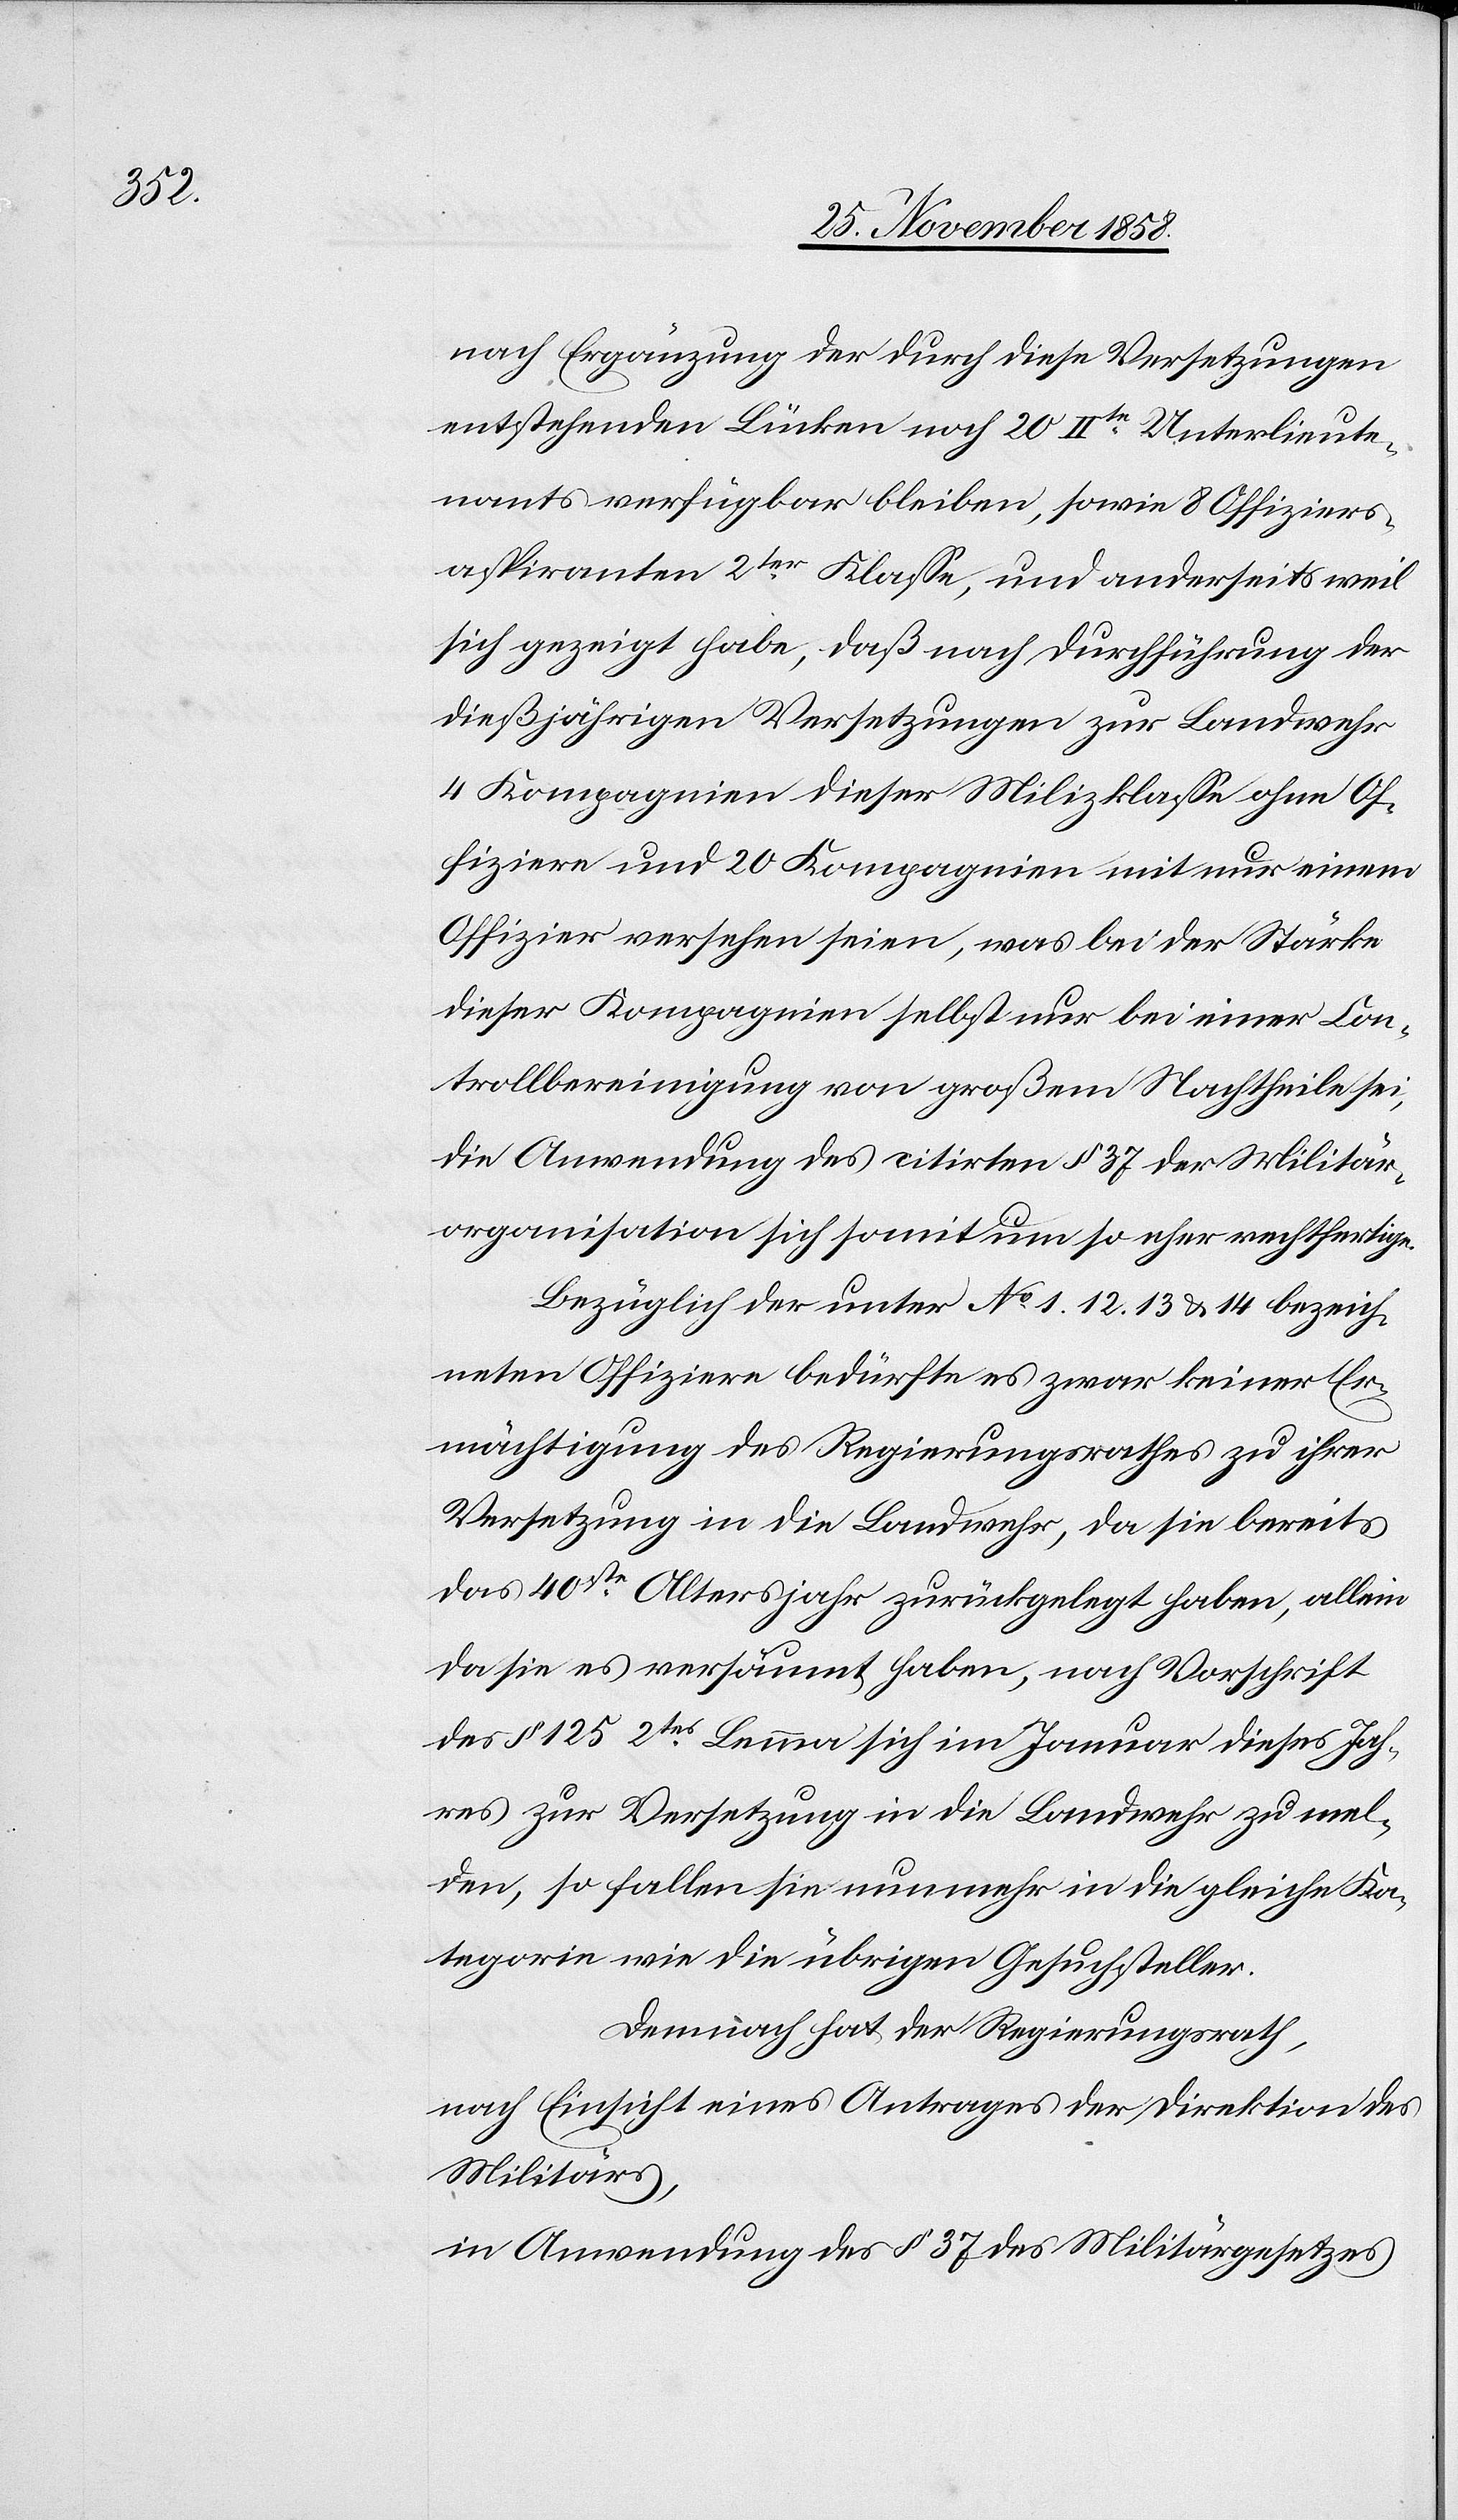
nach Ergänzung der durch diese Versetzungen
entstehenden Lücken noch 20 IIte Unterlieute¬
nants verfügbar bleiben, sowie 8 Offiziers¬
aspiranten 2ter Klasse, und anderseits weil
sich gezeigt habe, daß nach Durchführung der
dießjährigen Versetzungen zur Landwehr
4 Kompagnien dieser Milizklasse ohne Of¬
fiziere und 20 Kompagnien mit nur einem
Offizier versehen seien, was bei der Stärke
dieser Kompagnien selbst nur bei einer Con¬
trollbereinigung von großem Nachtheile sei,
die Anwendung des citirten § 37 der Militär¬
organisation sich somit um so eher rechtfertige.
Bezüglich der unter No 1. 12. 13 & 14 bezeich¬
neten Offiziere bedürfte es zwar keiner Er¬
mächtigung des Regierungsrathes zu ihrer
Versetzung in die Landwehr, da sie bereits
das 40ste Altersjahr zurückgelegt haben, allein
da sie es versäumt haben, nach Vorschrift
des § 125 2tes Lemma sich im Januar dieses Jah¬
res zur Versetzung in die Landwehr zu mel¬
den, so fallen sie nunmehr in die gleiche Ka¬
tegorie wie die übrigen Gesuchsteller.
Demnach hat der Regierungsrath,
nach Einsicht eines Antrages der Direktion des
Militärs,
in Anwendung des § 37 des Militärgesetzes